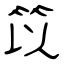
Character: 笖